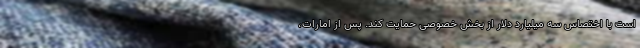
است با اختصاس سه میلیارد دلار از بخش خصوصی حمایت کند. پس از امارات،